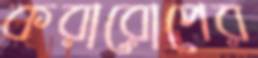
করারোপের